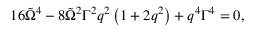
1 6 \tilde { \Omega } ^ { 4 } - 8 \tilde { \Omega } ^ { 2 } \Gamma ^ { 2 } q ^ { 2 } \left( 1 + 2 q ^ { 2 } \right) + q ^ { 4 } \Gamma ^ { 4 } = 0 ,